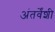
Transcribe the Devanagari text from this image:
अंतर्वेंशी